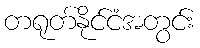
တရုတ်နိုင်ငံအတွင်း